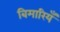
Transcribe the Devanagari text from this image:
बिमारियँ